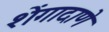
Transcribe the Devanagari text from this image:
शेंगादाणे